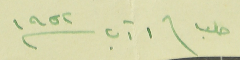
حلب \ ١ آب سنة ١٩٥٢